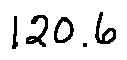
1 2 0 . 6